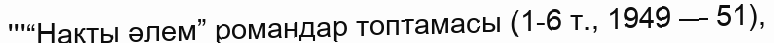
'''“Нақты әлем” романдар топтамасы (1-6 т., 1949 — 51),